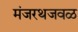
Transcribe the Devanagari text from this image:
मंजरथजवळ